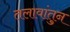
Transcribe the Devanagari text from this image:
तलावांतुन